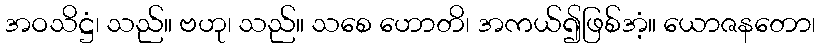
အဝသိဋ္ဌံ၊ သည်။ ဗဟု၊ သည်။ သစေ ဟောတိ၊ အကယ်၍ဖြစ်အံ့။ ယောဇနတော၊